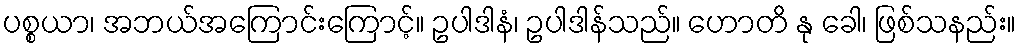
ပစ္စယာ၊ အဘယ်အကြောင်းကြောင့်။ ဥပါဒါနံ၊ ဥပါဒါန်သည်။ ဟောတိ နု ခေါ၊ ဖြစ်သနည်း။